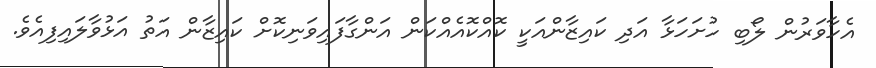
އެހާވަރުން ލޯބި ހުށަހަޅާ އަދި ކައިޒާންއަކީ ކޮއްކޮއެއްކަން އަންގާފައިވަނިކޮށް ކައިޒާން އަތު އަޅުވާލައިފިއެވެ.